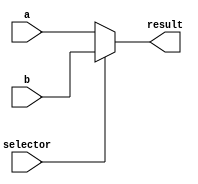
module Mux#(parameter n=9)(input [n-1:0] a,b,input selector,output [n-1:0]result);
  assign result = selector?b:a;
endmodule